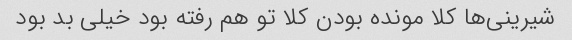
شیرینی‌ها کلا مونده بودن کلا تو هم رفته بود خیلی بد بود